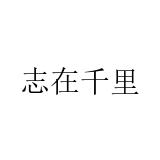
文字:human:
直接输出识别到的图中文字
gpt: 志在千里